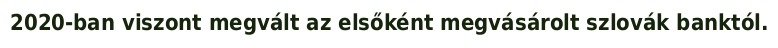
2020-ban viszont megvált az elsőként megvásárolt szlovák banktól.